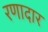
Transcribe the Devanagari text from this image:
रणादार